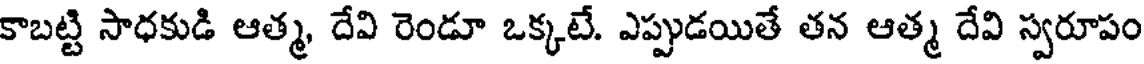
కాబట్టి సాధకుడి ఆత్మ, దేవి రెండూ ఒక్కటే. ఎప్పుడయితే తన ఆత్మ దేవి స్వరూపం